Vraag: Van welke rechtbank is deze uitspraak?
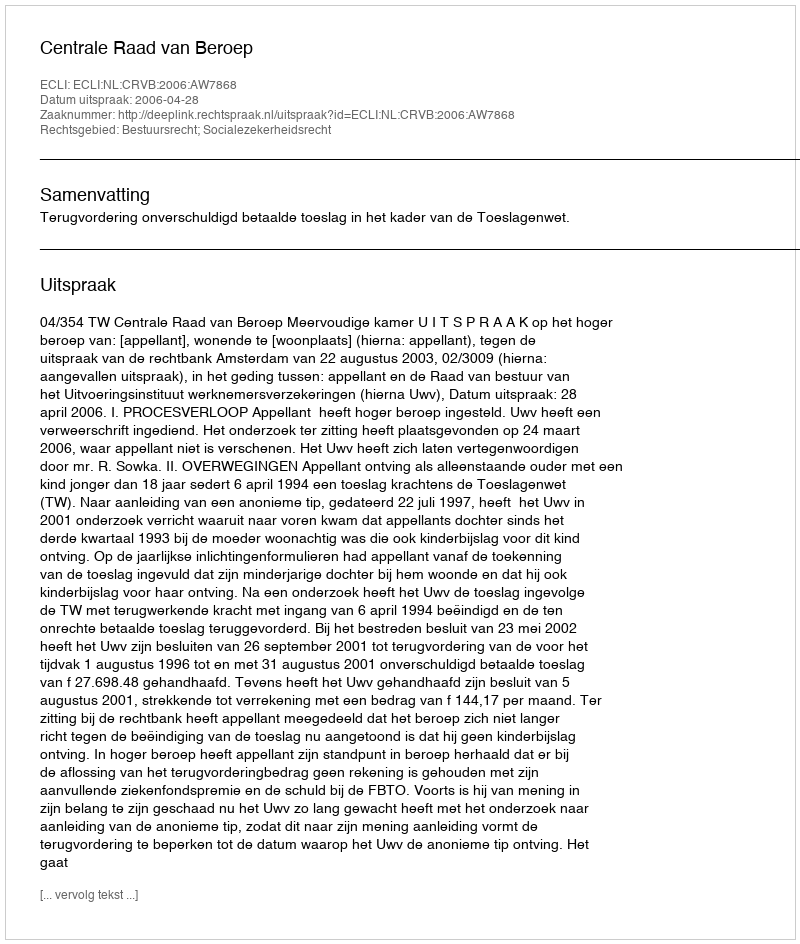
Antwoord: Centrale Raad van Beroep